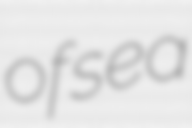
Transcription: of sea